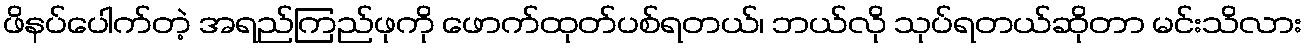
ဖိနပ်ပေါက်တဲ့ အရည်ကြည်ဖုကို ဖောက်ထုတ်ပစ်ရတယ်၊ ဘယ်လို သုပ်ရတယ်ဆိုတာ မင်းသိလား